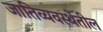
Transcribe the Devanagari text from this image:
जातिव्यवस्थेतील